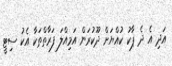
އަދި އެ ދެ ޕާކު ކުއްޔަށް ދޫކުރަން އަމިއްލަ ފަރާތްތަކާ އެކު ސިޓީ